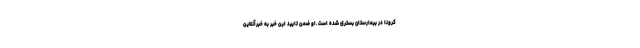
کرونا در بیمارستان بستری شده است.او ضمن تایید این خبر به خبرآنلاین